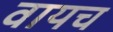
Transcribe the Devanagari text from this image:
वायच